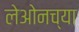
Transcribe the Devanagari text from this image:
लेओनच्या